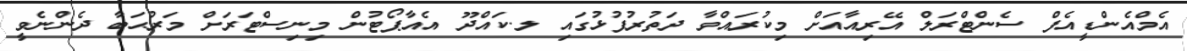
އެމްއެންޑީއެފް ސެންޓްރަލް އޭރިއާއަށް މިކުރައްވާ ދަތުރުފުޅުގައި ލ.ކައްދޫ އެއާޕޯޓުން މިނިސްޓަރަށް މަރުޙަބާ ދެންނެވީ